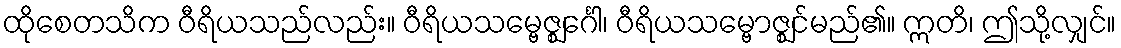
ထိုစေတသိက ဝီရိယသည်လည်း။ ဝီရိယသမ္ဗေဇ္ဈင်္ဂေါ၊ ဝီရိယသမ္ဗောဇ္ဈင်မည်၏။ ဣတိ၊ ဤသို့လျှင်။